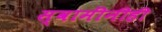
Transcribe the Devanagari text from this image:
स्वामींनीही